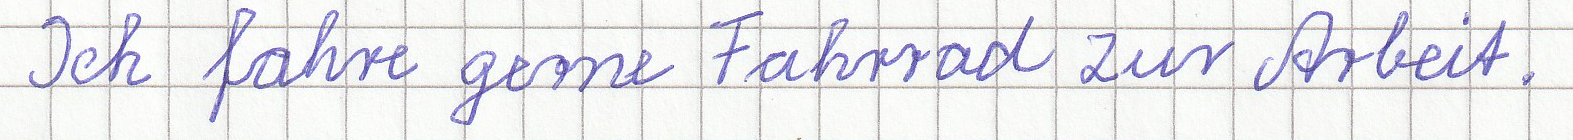
Ich fahre gerne Fahrrad zur Arbeit.